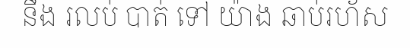
នឹង រលប់ បាត់ ទៅ យ៉ាង ឆាប់រហ័ស